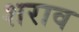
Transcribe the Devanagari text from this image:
शराव